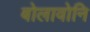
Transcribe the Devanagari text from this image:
बोलावोनि